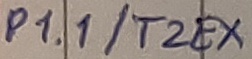
Text: P1.1/T2EX